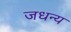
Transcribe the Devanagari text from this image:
जधन्य